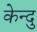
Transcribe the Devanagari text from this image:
केन्दु